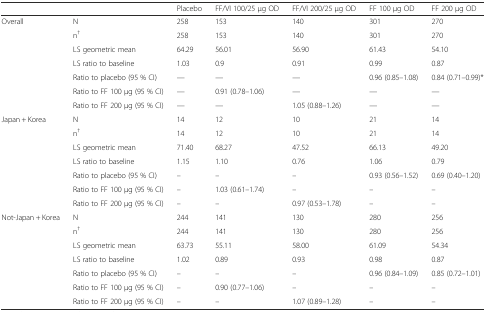
|  |  | Placebo | FF/VI 100/25 μg OD | FF/VI 200/25 μg OD | FF 100 μg OD | FF 200 μg OD |
 | --- | --- | --- | --- | --- | --- | --- |
 | <ROWSPAN=7> Overall | N | 258 | 153 | 140 | 301 | 270 |
 | n† | 258 | 153 | 140 | 301 | 270 |
 | LS geometric mean | 64.29 | 56.01 | 56.90 | 61.43 | 54.10 |
 | LS ratio to baseline | 1.03 | 0.9 | 0.91 | 0.99 | 0.87 |
 | Ratio to placebo (95 % CI) | — | — | — | 0.96 (0.85–1.08) | 0.84 (0.71–0.99)* |
 | Ratio to FF 100 μg (95 % CI) | — | 0.91 (0.78–1.06) | — | — | — |
 | Ratio to FF 200 μg (95 % CI) | — | — | 1.05 (0.88–1.26) | — | — |
 | <ROWSPAN=7> Japan + Korea | N | 14 | 12 | 10 | 21 | 14 |
 | n† | 14 | 12 | 10 | 21 | 14 |
 | LS geometric mean | 71.40 | 68.27 | 47.52 | 66.13 | 49.20 |
 | LS ratio to baseline | 1.15 | 1.10 | 0.76 | 1.06 | 0.79 |
 | Ratio to placebo (95 % CI) | – | – | – | 0.93 (0.56–1.52) | 0.69 (0.40–1.20) |
 | Ratio to FF 100 μg (95 % CI) | – | 1.03 (0.61–1.74) | – | – | – |
 | Ratio to FF 200 μg (95 % CI) | – | – | 0.97 (0.53–1.78) | – | – |
 | <ROWSPAN=7> Not-Japan + Korea | N | 244 | 141 | 130 | 280 | 256 |
 | n† | 244 | 141 | 130 | 280 | 256 |
 | LS geometric mean | 63.73 | 55.11 | 58.00 | 61.09 | 54.34 |
 | LS ratio to baseline | 1.02 | 0.89 | 0.93 | 0.98 | 0.87 |
 | Ratio to placebo (95 % CI) | – | – | – | 0.96 (0.84–1.09) | 0.85 (0.72–1.01) |
 | Ratio to FF 100 μg (95 % CI) | – | 0.90 (0.77–1.06) | – | – | – |
 | Ratio to FF 200 μg (95 % CI) | – | – | 1.07 (0.89–1.28) | – | – |